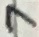
Text: 7